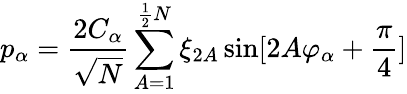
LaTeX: p_{\alpha}=\frac{2C_{\alpha}}{\sqrt{N}}\sum_{A=1}^{\frac{1}{2}N}\xi_{2A}\sin[2A\varphi_{\alpha}+\frac{\pi}{4}]